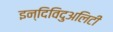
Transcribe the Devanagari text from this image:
इन्दिविदुअलिटी